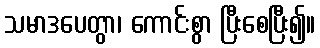
သမာဒပေတွာ၊ ကောင်းစွာ ပြီးစေပြီး၍။